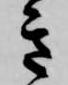
き